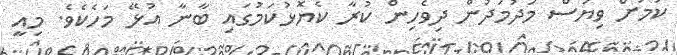
ކަމަށް ވިޔަސް މަދުމަދުން ދިވެހިން ކުރާ ކެޔޮޅުކަމުގައި ބާނާ އުޅޭ މަހެކެވެ. މިއީ